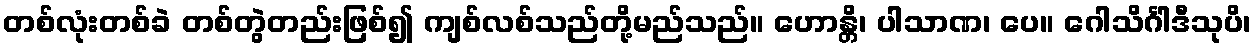
တစ်လုံးတစ်ခဲ တစ်တွဲတည်းဖြစ်၍ ကျစ်လစ်သည်တို့မည်သည်။ ဟောန္တိ၊ ပါသာဏ၊ ပေ။ ဂေါသိင်္ဂါဒီသုပိ၊